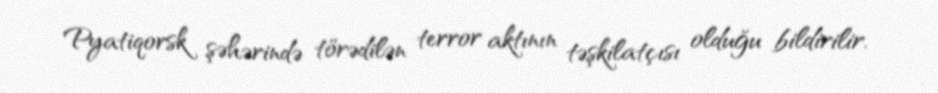
Pyatiqorsk şəhərində törədilən terror aktının təşkilatçısı olduğu bildirilir.